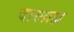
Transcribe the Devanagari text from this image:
दारुब्रह्म